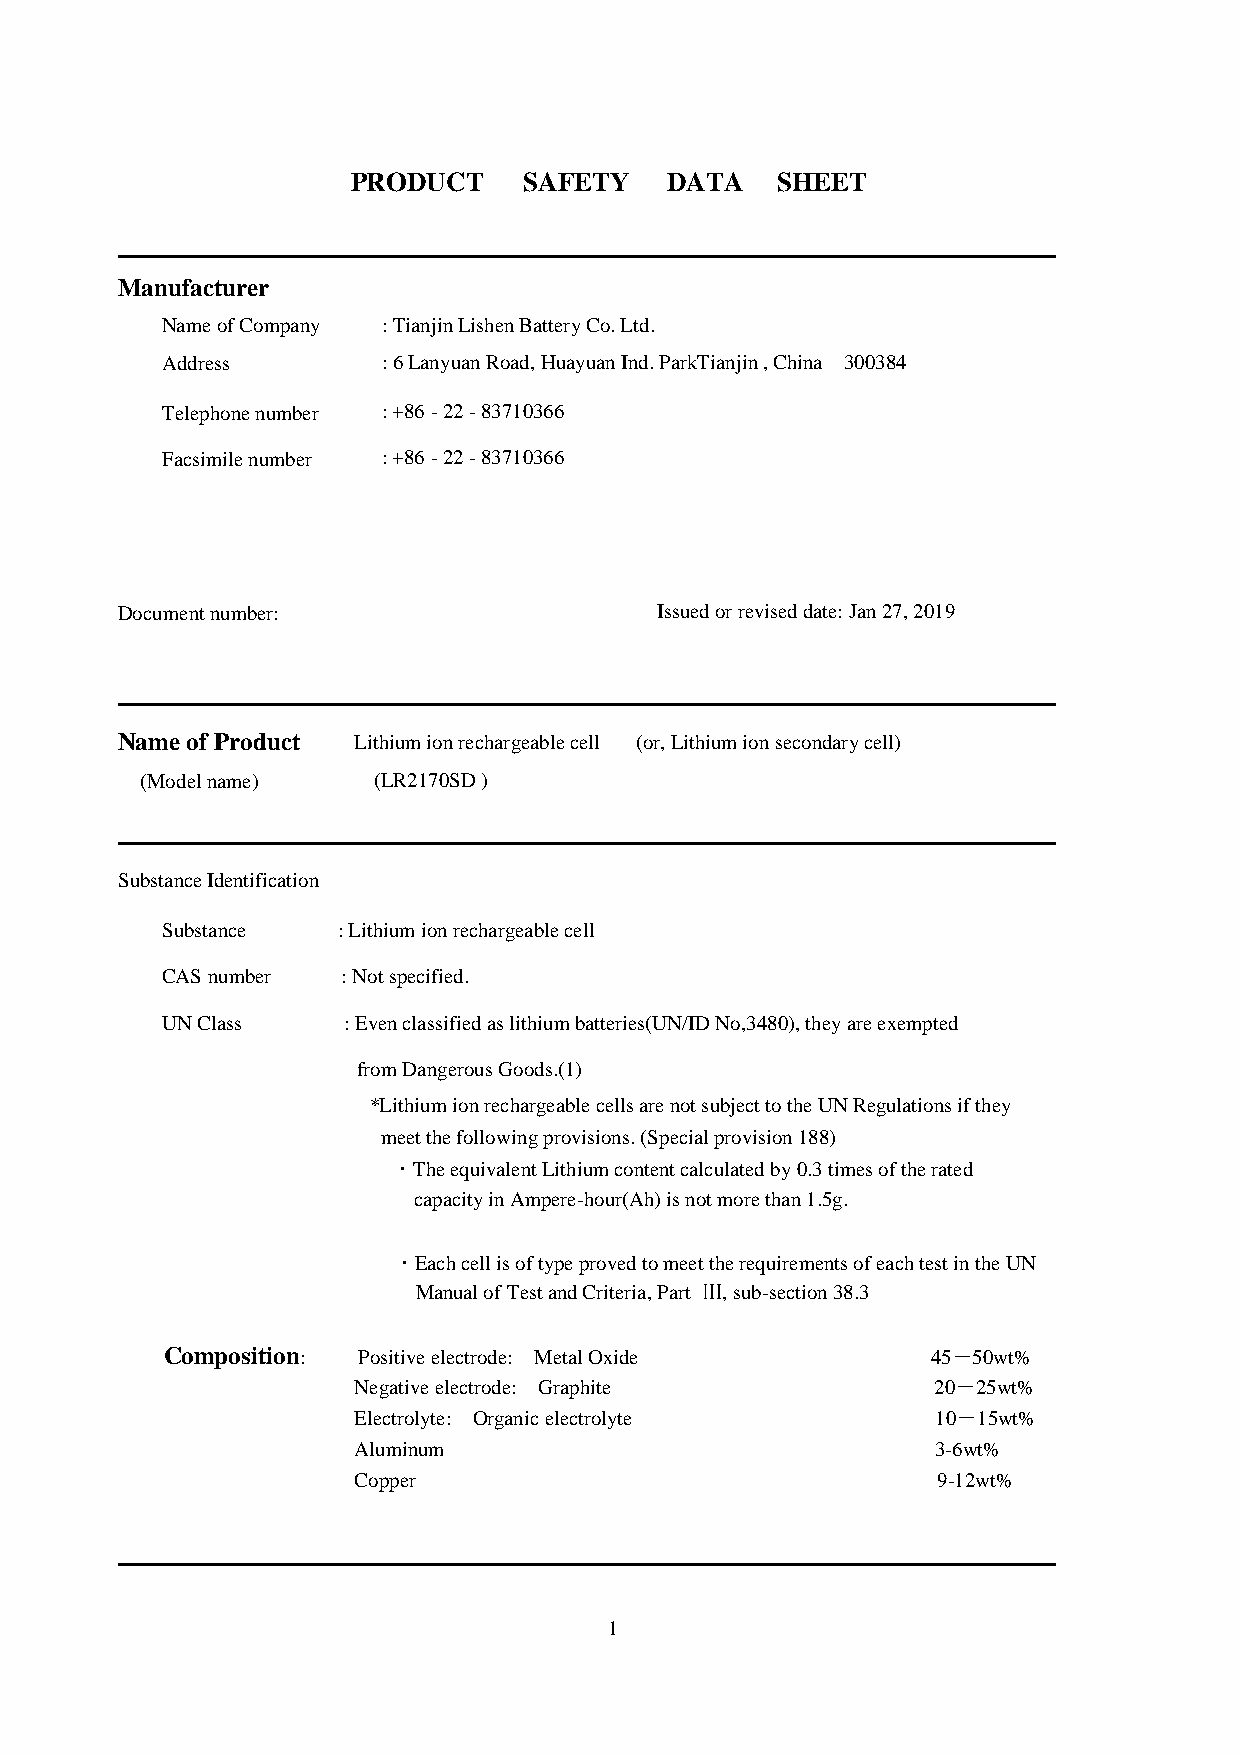
PRODUCT     SAFETY   DATA   SHEET
 ━━━━━━━━━━━━━━━━━━━━━━━━━━━━━━━━━━━━━━━━━━━━━
 Manufacturer
 Name of Company : Tianjin Lishen Battery Co. Ltd.
 Address       : 6 Lanyuan Road, Huayuan Ind. ParkTianjin , China 300384
 Telephone number : +86 - 22 - 83710366
 Facsimile number : +86 - 22 - 83710366
 Document number:                   Issued or revised date: Jan 27, 2019
 ━━━━━━━━━━━━━━━━━━━━━━━━━━━━━━━━━━━━━━━━━━━━━
 Name of Product Lithium ion rechargeable cell (or, Lithium ion secondary cell)
 (Model name)    (LR2170SD )
 ━━━━━━━━━━━━━━━━━━━━━━━━━━━━━━━━━━━━━━━━━━━━━
 Substance Identification
 Substance  : Lithium ion rechargeable cell
 CAS number  : Not specified.
 UN Class    : Even classified as lithium batteries(UN/ID No,3480), they are exempted
 from Dangerous Goods.(1)
 *Lithium ion rechargeable cells are not subject to the UN Regulations if they
 meet the following provisions. (Special provision 188)
 ・The equivalent Lithium content calculated by 0.3 times of the rated
 capacity in Ampere-hour(Ah) is not more than 1.5g.
 ・Each cell is of type proved to meet the requirements of each test in the UN
 Manual of Test and Criteria, Part Ⅲ, sub-section 38.3
 Composition: Positive electrode: Metal Oxide       45－50wt%
 Negative electrode: Graphite           20－25wt%
 Electrolyte: Organic electrolyte       10－15wt%
 Aluminum                               3-6wt%
 Copper                                 9-12wt%
 ━━━━━━━━━━━━━━━━━━━━━━━━━━━━━━━━━━━━━━━━━━━━━
 1